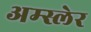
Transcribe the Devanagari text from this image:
अम्स्लेर